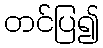
တင်ပြ၍